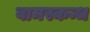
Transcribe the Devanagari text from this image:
वामस्कन्ध